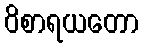
ဝိစာရယတော